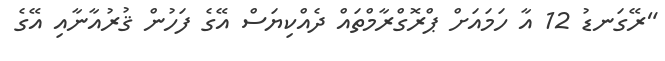
"ރޭގަނޑު 12 އާ ހަމައަށް ޕްރޮގްރާމްތައް ދެއްކިޔަސް އޭގެ ފަހުން ޤުރުއާނާއި އޭގެ